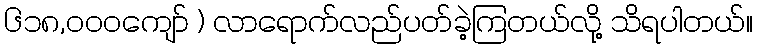
၆၁၈,၀၀၀ကျော် ) လာရောက်လည်ပတ်ခဲ့ကြတယ်လို့ သိရပါတယ်။